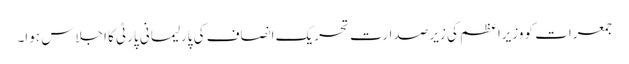
جمعرات کو وزیراعظم کی زیر صدارت تحریک انصاف کی پارلیمانی پارٹی کا اجلاس ہوا۔